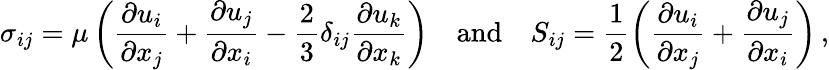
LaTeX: \sigma_{ij}=\mu\left(\frac{\partial u_{i}}{\partial x_{j}}+\frac{\partial u_{j}}{\partial x_{i}}-\frac{2}{3}\delta_{ij}\frac{\partial u_{k}}{\partial x_{k}}\right)\quad\mathrm{and}\quad S_{ij}=\frac{1}{2}\left(\frac{\partial u_{i}}{\partial x_{j}}+\frac{\partial u_{j}}{\partial x_{i}}\right)\, ,